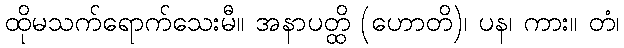
ထိုမသက်ရောက်သေးမီ။ အနာပတ္ထိ (ဟောတိ)၊ ပန၊ ကား။ တံ၊